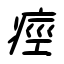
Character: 痙